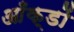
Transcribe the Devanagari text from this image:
आँक्डों